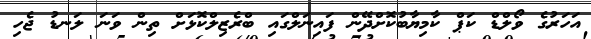
އަހަރުގެ ވޯލްޑް ކަޕް ކާމިޔާބުކޮށްދޭން ފައިނަލްގައި ބްރެޒިލްކޮޅަށް ތިން ވަނަ ލަނޑު ޖެހި